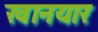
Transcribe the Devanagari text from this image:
खानयार